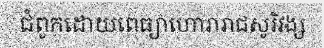
ជំពូកដោយពេធ្យាហោរារាជសូរិវង្ស